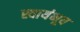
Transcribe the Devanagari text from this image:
स्वायंभूव